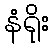
နံရိုး